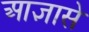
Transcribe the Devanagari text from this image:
आज्ञासे